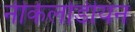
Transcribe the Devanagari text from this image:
नीकेलोडीयन